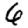
Digit: 6